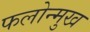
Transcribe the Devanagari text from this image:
फलोन्मुख